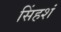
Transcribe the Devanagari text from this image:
सिंहशं